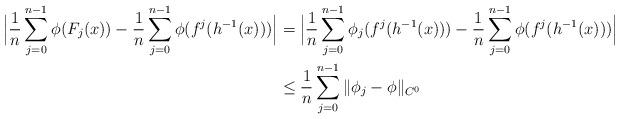
LaTeX: \begin{align*}\Big| \frac1n \sum_{j=0}^{n-1} \phi (F_j( x )) - \frac1n \sum_{j=0}^{n-1} \phi (f^j( h^{-1}(x) )) \Big| & = \Big| \frac1n \sum_{j=0}^{n-1} \phi_j (f^j( h^{-1}(x) )) - \frac1n \sum_{j=0}^{n-1} \phi (f^j( h^{-1}(x) )) \Big| \\ & \le \frac1n \sum_{j=0}^{n-1} \| \phi_j -\phi\|_{C^0} \end{align*}